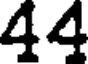
44